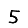
Digit: 5